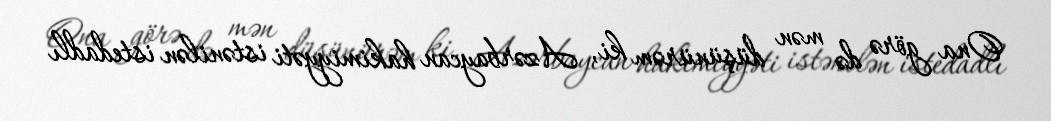
Ona görə də mən düşünürəm ki, Azərbaycan hakimiyyəti istənilən istedadlı